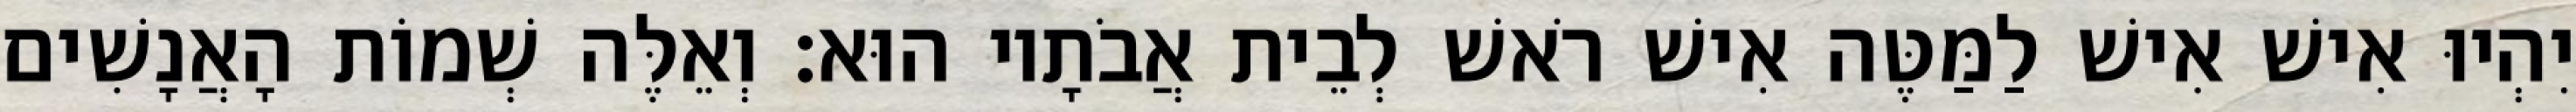
יִהְיוּ אִישׁ אִישׁ לַמַּטֶּה אִישׁ רֹאשׁ לְבֵית אֲבֹתָיו הוּא׃ וְאֵלֶּה שְׁמוֹת הָאֲנָשִׁים